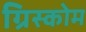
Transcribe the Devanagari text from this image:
ग्रिस्कोम